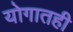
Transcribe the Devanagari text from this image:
योगातही